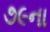
૭૯ના